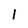
Character: l